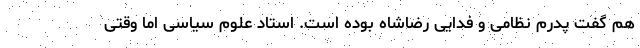
هم گفت پدرم نظامی و فدایی رضاشاه بوده است. استاد علوم سیاسی اما وقتی